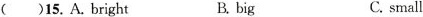
( )15.A.Bright B. big C. small